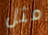
مثل